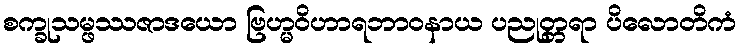
စက္ခုသမ္ဖဿဇာဒယော ဗြဟ္မဝိဟာရဘာဝနာယ ပညုတ္တရာ ပိလောတိကံ